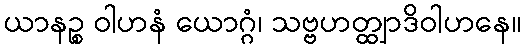
ယာနဉ္စ ဝါဟနံ ယောဂ္ဂံ၊ သဗ္ဗဟတ္ထျာဒိဝါဟနေ။